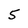
Character: 5